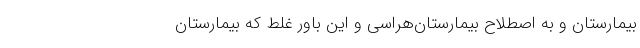
بیمارستان و به اصطلاح بیمارستان‌هراسی و این باور غلط که بیمارستان